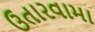
ઉતારવામા